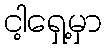
ငါ့ရှေ့မှာ